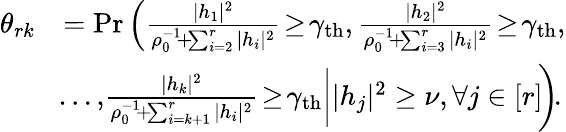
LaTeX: \begin{array}{rl}{\theta_{rk}}&{=\mathrm{Pr}\left({\frac{|h_{1}|^{2}}{\rho_{0}^{-1}\! +\! \sum_{i=2}^{r}|h_{i}|^{2}}\! \geq\! \gamma_{\mathrm{th}},\frac{|h_{2}|^{2}}{\rho_{0}^{-1}\! +\! \sum_{i=3}^{r}|h_{i}|^{2}}\! \geq\! \gamma_{\mathrm{th}},}\right.}\\ &{\left.\! \ldots,\! {\frac{|h_{k}|^{2}}{\rho_{0}^{-1}\! +\! \sum_{i=k+1}^{r}|h_{i}|^{2}}\! \geq\! \gamma_{\mathrm{th}}\bigg||h_{j}|^{2}\geq\nu,\forall j\in[r]\! }\right)\! .}\end{array}